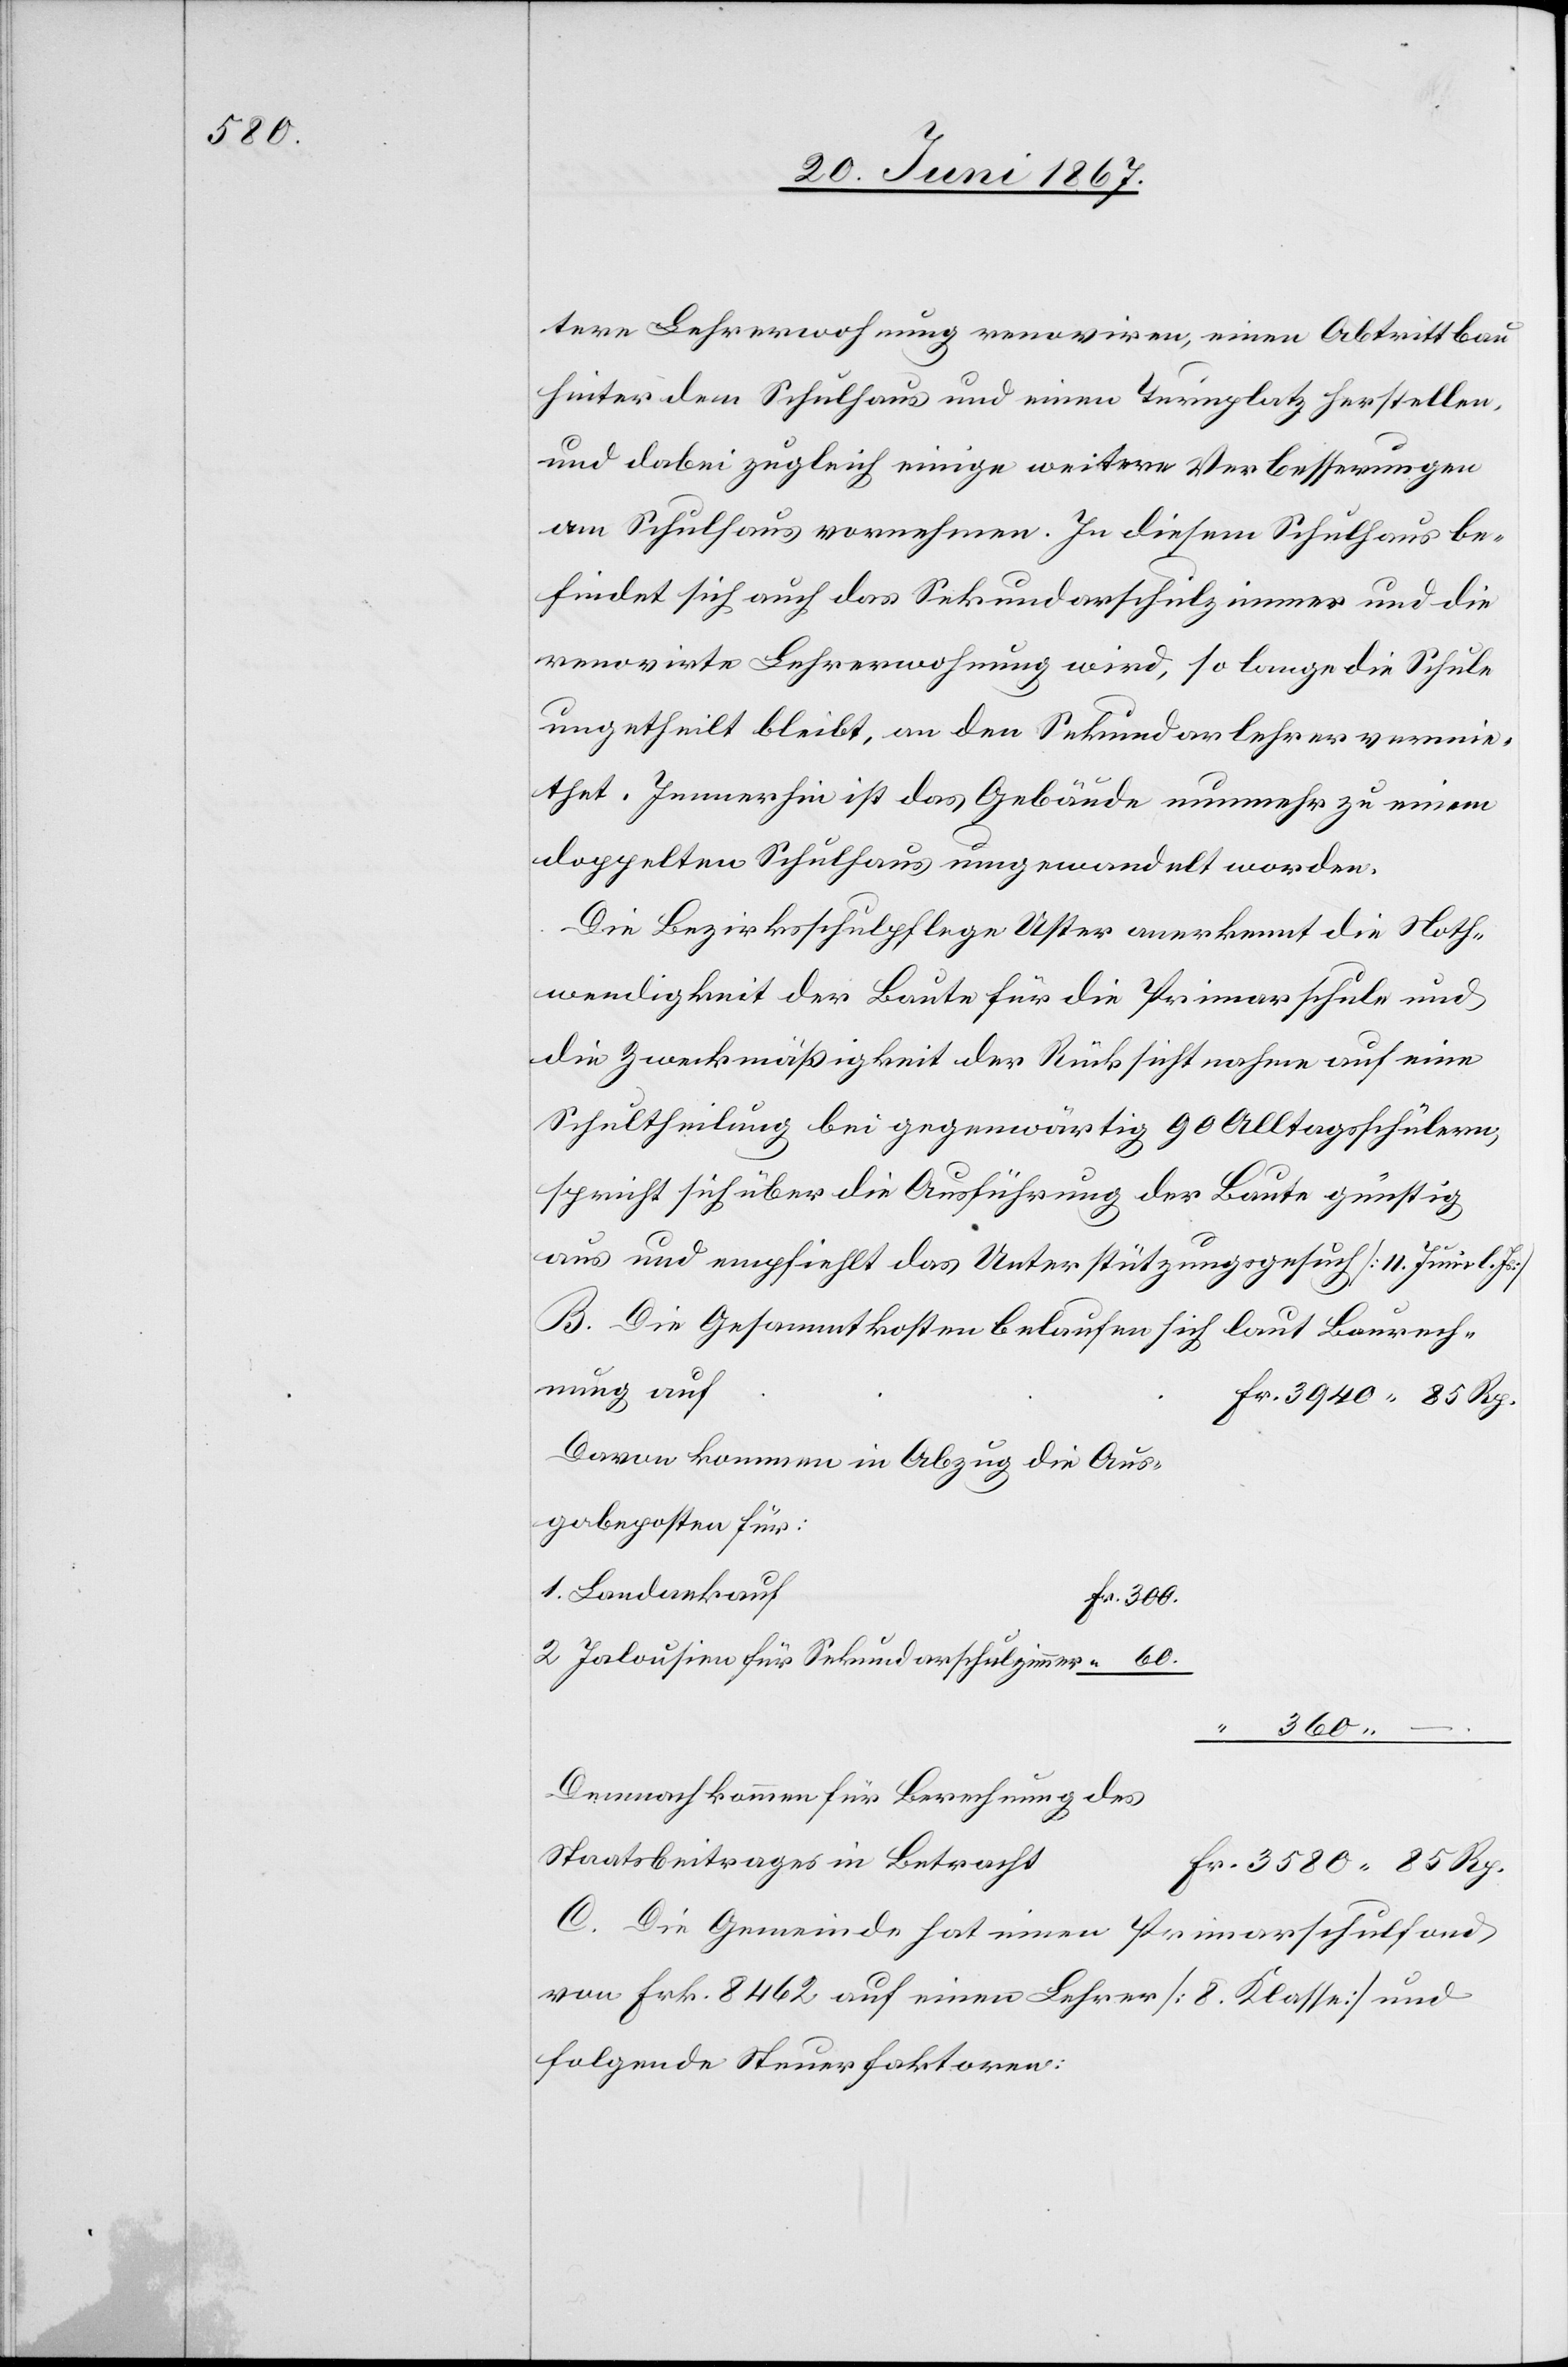
3580.

tere Lehrerwohnung renoviren, einen Abtrittbau
hinter dem Schulhaus und einen Turnplatz herstellen,
und dabei zugleich einige weitere Verbesserungen
am Schulhaus vornehmen. In diesem Schulhaus be¬
findet sich auch das Sekundarschulzimmer und die
renovirte Lehrerwohnung wird, so lange die Schule
ungetheilt bleibt, an den Sekundarlehrer vermie¬
thet. Immerhin ist das Gebäude nunmehr zu einem
doppelten Schulhaus umgewandelt worden.
Die Bezirksschulpflege Uster anerkennt die Noth¬
wendigkeit der Baute für die Primarschule und
die Zweckmäßigkeit der Rücksicht auf eine Schultheilung
spricht sich über die Ausführung der Baute günstig
aus und empfiehlt das Unterstützungsgesuch [11. Juni l. Js.]
B. Die Gesammtkosten belaufen sich laut Baurech¬
nung auf
Davon kommen in Abzug die Aus¬
gabeposten für:
1. Landankauf
Fr. 300.
2. Jalousien für Sekundarschulzimmer
Demnach kommen für Berechnung des
Staatsbeitrages in Betracht
C. Die Gemeinde hat einen Primarschulfond
von Frk. 8462. auf einen Lehrer [8. Klasse] und
folgende Steuerfaktoren: